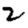
Digit: 2